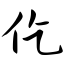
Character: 仡